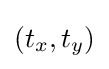
(t_{x},t_{y})